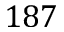
1 8 7